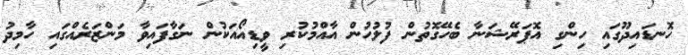
ހޮނޑައިދޫގައި ހިންގި އޮޕަރޭޝަނާ ބެހޭގޮތުން ފުލުހުން އާއްމުކުރި ވީޑިއޯއަކުން ނަގާފައިވާ މަންޒަރެއްގައި ހާމިދު